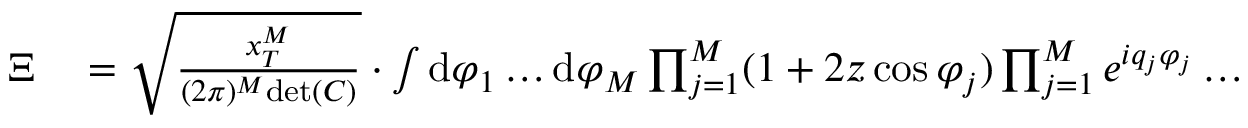
\begin{array} { r l } { \Xi } & { { } = \sqrt { \frac { x _ { T } ^ { M } } { ( 2 \pi ) ^ { M } \mathrm { d e t } ( C ) } } \cdot \int \mathrm { d } \varphi _ { 1 } \dots \mathrm { d } \varphi _ { M } \prod _ { j = 1 } ^ { M } ( 1 + 2 z \cos \varphi _ { j } ) \prod _ { j = 1 } ^ { M } e ^ { i q _ { j } \varphi _ { j } } \dots } \end{array}